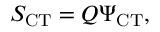
S _ { \mathrm { C T } } = Q \Psi _ { \mathrm { C T } } ,